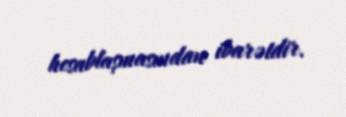
hesablaşmasından ibarətdir.